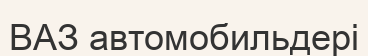
ВАЗ автомобильдері